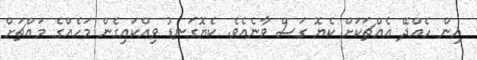
އިން ހެއްދޭ އެއްޗަކަށް ކެޔޮ ގަސް ވާނެއެވެ. ކެޔޮގަނޑު ވިއްކައިގެން މަހެއްގެ މައްޗަށް